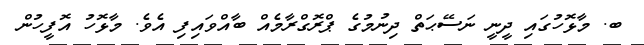
ބ. މާޅޮހުގައި ދީނީ ނަސޭޙަތް ދިނުމުގެ ޕްރޮގްރާމެއް ބާއްވައިފި އެވެ. މާޅޮހު އޮފީހުން